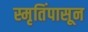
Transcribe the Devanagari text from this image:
स्मृतिंपासून